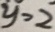
y > 2